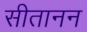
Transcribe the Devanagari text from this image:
सीतानन